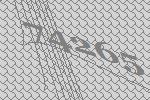
74265